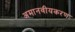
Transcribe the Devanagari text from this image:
अमानवीयकरण